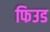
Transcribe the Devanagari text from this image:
फिउड